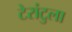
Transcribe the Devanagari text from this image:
टेरांटुला